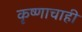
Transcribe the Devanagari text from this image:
कृष्णाचाही